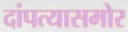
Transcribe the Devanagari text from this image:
दांपत्यासमोर